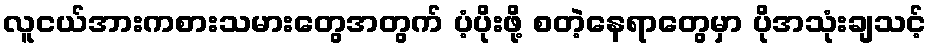
လူငယ်အားကစားသမားတွေအတွက် ပံ့ပိုးဖို့ စတဲ့နေရာတွေမှာ ပိုအသုံးချသင့်